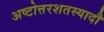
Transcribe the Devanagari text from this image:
अष्टोत्तरशतस्यादौ